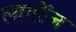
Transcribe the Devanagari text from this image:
लागरेंज